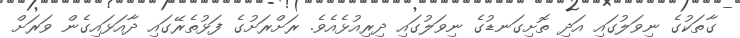
ގާތަކުގެ ނިވަލުގައި އަދި ތޮށިގަނޑުގެ ނިވަލުގައި ދިރިއުޅެއެވެ. ރަށްރަށުގެ ފަޅުތެރޭގައި ދާއަޅައިގެން ވަރަށް